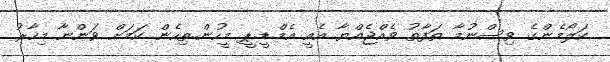
ކަލޯމެންގެ ވިސްނުމާ ތަފާތު ވެއްޖެއްޔާ އެއީ އެމް.ޑީ.ޕީ މީހުން..ތިހެން ކަމަށް ވަންނާ މިހާރު